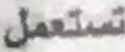
تستعمل